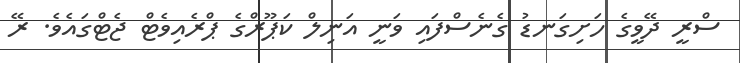
ސްރީ ދޭވީގެ ހަށިގަނޑު ގެނެސްފައި ވަނީ އަނިލް ކަޕޫރްގެ ޕްރެއިވެޓް ޖެޓްގައެވެ. ރޭ